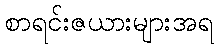
စာရင်းဇယားများအရ